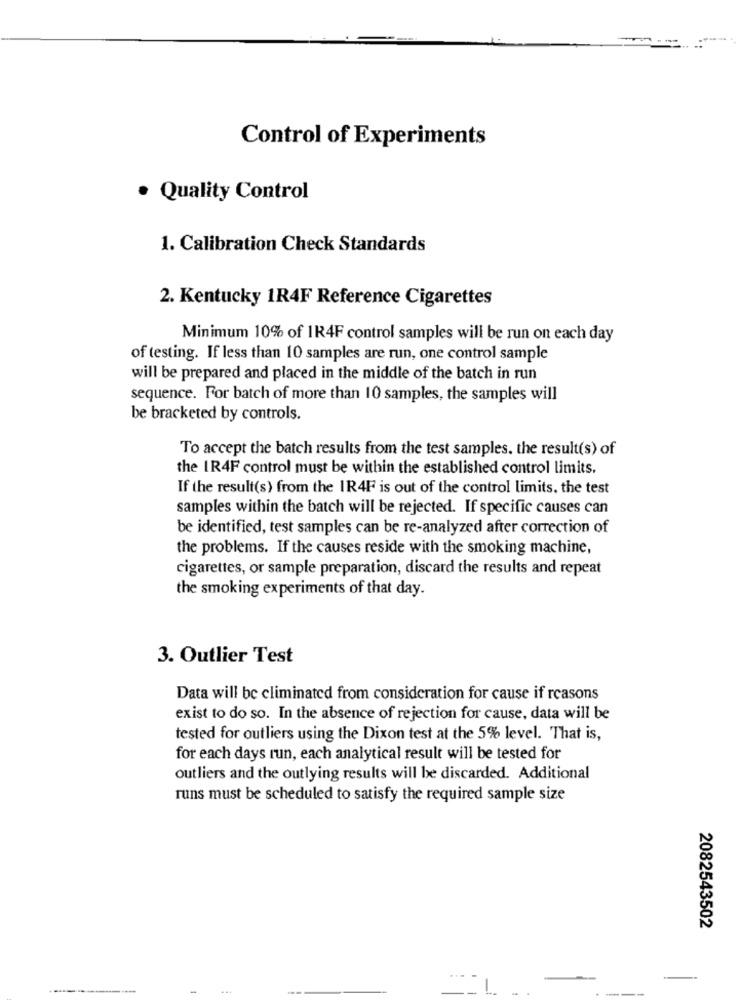
Control of Experiments
. Quality Control
1. Calibration Check Standards
2. Kentucky 1R4F Reference Cigarettes
Minimum 10% of 1R4F control samples will be run on each day
of testing. If less than 10 samples are run, one control sample
will be prepared and placed in the middle of the batch in run
sequence. For batch of more than 10 samples, the samples will
be bracketed by controls.
To accept the batch results from the test samples. the result(s) of
the IR4F control must be within the established control limits.
If the result(s) from the IR4F is out of the control limits, the test
samples within the batch will be rejected. If specific causes can
be identified, test samples can be re-analyzed after correction of
the problems. If the causes reside with the smoking machine,
cigarettes, or sample preparation, discard the results and repeat
the smoking experiments of that day.
3. Outlier Test
Data will be eliminated from consideration for cause if reasons
exist to do so. In the absence of rejection for cause, data will be
tested for outliers using the Dixon test at the 5% level. That is,
for each days run, each analytical result will be tested for
outliers and the outlying results will be discarded. Additional
runs must be scheduled to satisfy the required sample size
2082543502